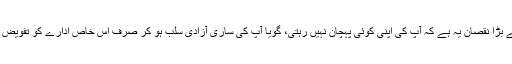
مگر سب سے بڑا نقصان یہ ہے کہ آپ کی اپنی کوئی پہچان نہیں رہتی، گویا آپ کی ساری آزادی سلب ہو کر صرف اس خاص ادارے کو تفویض ہو جاتی ہے۔